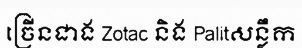
ច្រើនជាង Zotac និង Palitសន្លឹក